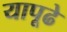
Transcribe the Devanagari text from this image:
यापूढे